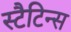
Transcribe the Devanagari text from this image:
स्टैटिन्स